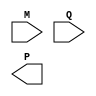
module BoothWallaceMultiplier #(parameter WIDTH = 8) (
    input signed [WIDTH-1:0] M, // Multiplicand
    input signed [WIDTH-1:0] Q, // Multiplier
    output reg signed [2*WIDTH-1:0] P // Product
);

    // Partial product storage
    reg signed [2*WIDTH-1:0] partial_products [0:WIDTH-1];
    integer i;

    // Booth algorithm to generate partial products
    always @(*) begin
        // Initialize partial products to zero
        for (i = 0; i < WIDTH; i = i + 1) begin
            partial_products[i] = 0;
        end
        
        // Booth encoding and partial product generation
        for (i = 0; i < WIDTH; i = i + 1) begin
            case ({Q[i], Q[i+1]}) // Look at current and next bit
                2'b00: partial_products[i] = 0; // Do nothing
                2'b01: partial_products[i] = M << i; // Add multiplicand shifted
                2'b10: partial_products[i] = -M << i; // Subtract multiplicand shifted
                2'b11: partial_products[i] = 0; // Maintain previous
            endcase
        end
    end

    // Wallace tree reduction for summing partial products
    wire [2*WIDTH-1:0] sum [0:WIDTH/2-1];
    wire [2*WIDTH-1:0] carry [0:WIDTH/2-1];
    
    // Initial summation of the first three partial products
    always @(*) begin
        // Summing groups of three partial products
        for (i = 0; i < WIDTH/2; i = i + 1) begin
            if (i < WIDTH-1) begin
                {carry[i], sum[i]} = partial_products[3*i] + partial_products[3*i+1] + partial_products[3*i+2];
            end
        end
    end

    // Final addition stage to combine remaining sums
    always @(*) begin
        P = 0; // Initialize product
        for (i = 0; i < WIDTH/2; i = i + 1) begin
            P = P + sum[i];
        end
        // Add any carry from the summation
        for (i = 0; i < WIDTH/2; i = i + 1) begin
            P = P + carry[i];
        end
    end

endmodule